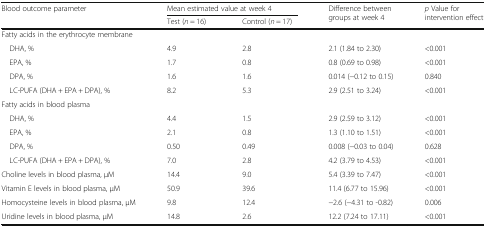
| <ROWSPAN=2> Blood outcome parameter | <COLSPAN=2> Mean estimated value at week 4 | <ROWSPAN=2> Difference between groups at week 4 | <ROWSPAN=2> p Value for intervention effect |
 | Test (n = 16) | Control (n = 17) |
 | --- | --- | --- | --- | --- |
 | <COLSPAN=5> Fatty acids in the erythrocyte membrane |
 | DHA, % | 4.9 | 2.8 | 2.1 (1.84 to 2.30) | <0.001 |
 | EPA, % | 1.7 | 0.8 | 0.8 (0.69 to 0.98) | <0.001 |
 | DPA, % | 1.6 | 1.6 | 0.014 (−0.12 to 0.15) | 0.840 |
 | LC-PUFA (DHA + EPA + DPA), % | 8.2 | 5.3 | 2.9 (2.51 to 3.24) | <0.001 |
 | <COLSPAN=5> Fatty acids in blood plasma |
 | DHA, % | 4.4 | 1.5 | 2.9 (2.59 to 3.12) | <0.001 |
 | EPA, % | 2.1 | 0.8 | 1.3 (1.10 to 1.51) | <0.001 |
 | DPA, % | 0.50 | 0.49 | 0.008 (−0.03 to 0.04) | 0.628 |
 | LC-PUFA (DHA + EPA + DPA), % | 7.0 | 2.8 | 4.2 (3.79 to 4.53) | <0.001 |
 | Choline levels in blood plasma, μM | 14.4 | 9.0 | 5.4 (3.39 to 7.47) | <0.001 |
 | Vitamin E levels in blood plasma, μM | 50.9 | 39.6 | 11.4 (6.77 to 15.96) | <0.001 |
 | Homocysteine levels in blood plasma, μM | 9.8 | 12.4 | −2.6 (−4.31 to -0.82) | 0.006 |
 | Uridine levels in blood plasma, μM | 14.8 | 2.6 | 12.2 (7.24 to 17.11) | <0.001 |